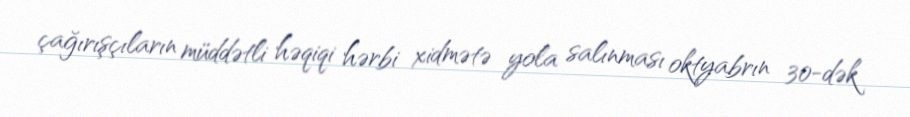
çağırışçıların müddətli həqiqi hərbi xidmətə yola salınması oktyabrın 30-dək